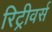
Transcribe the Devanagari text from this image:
रिट्रीवर्स